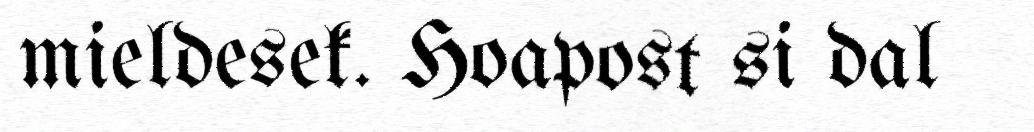
mieldesek. Hoapost si dal